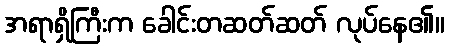
အရာရှိကြီးက ခေါင်းတဆတ်ဆတ် လုပ်နေ၏။